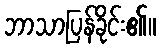
ဘာသာပြန်ခိုင်း၏။